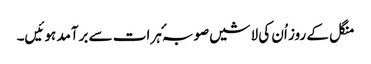
منگل کے روز اُن کی لاشیں صوبہٴ ہرات سے برآمد ہوئیں۔